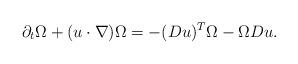
LaTeX: \begin{align*}\partial_t \Omega + (u\cdot \nabla) \Omega = - (Du)^T \Omega - \Omega Du.\end{align*}